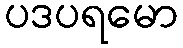
ပဒပရမော